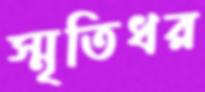
স্মৃতিধর